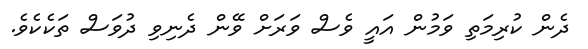
ދެން ކުރިމަތި ވަމުން އައީ ވެސް ވަރަށް ވޭން ދެނިވި ދުވަސް ތަކެކެވެ.